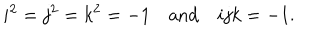
i ^ { 2 } = j ^ { 2 } = k ^ { 2 } = - 1 \quad \mathrm { a n d } \quad i j k = - 1 .